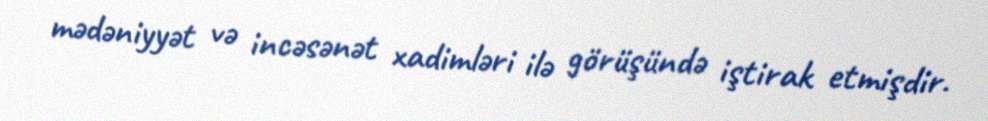
mədəniyyət və incəsənət xadimləri ilə görüşündə iştirak etmişdir.